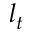
l _ { t }